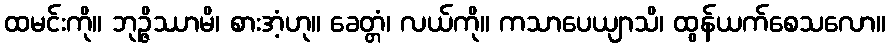
ထမင်းကို။ ဘုဉ္ဇိဿာမိ၊ စားအံ့ဟု။ ခေတ္တံ၊ လယ်ကို။ ကသာပေယျာသိ၊ ထွန်ယက်စေသလော။